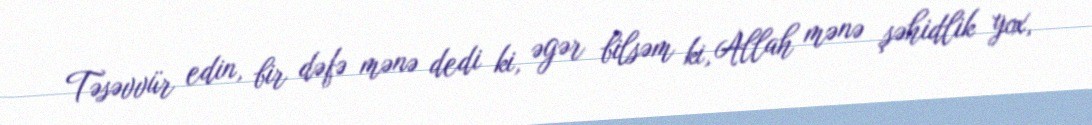
Təsəvvür edin, bir dəfə mənə dedi ki, əgər bilsəm ki, Allah mənə şəhidlik yox,